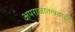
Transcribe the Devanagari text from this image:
अपराजातन्त्रवादी